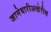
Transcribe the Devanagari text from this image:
जानेवारीअखेरीस